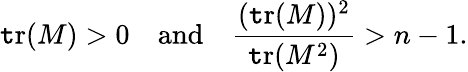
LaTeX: \operatorname{\mathtt{t}r}(M)>0\quad\mathrm{{and}}\quad{\frac{{(\operatorname{\mathtt{t}r}(M))^{2}}}{{\operatorname{\mathtt{t}r}(M^{2})}}}>n-1.